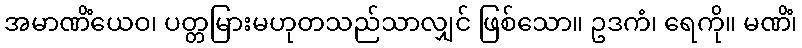
အမာဏိံယေဝ၊ ပတ္တမြားမဟုတသည်သာလျှင် ဖြစ်သော။ ဥဒကံ၊ ရေကို။ မဏိံ၊